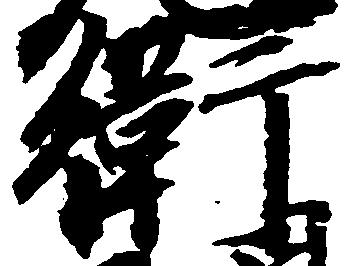
衛